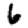
Digit: 6